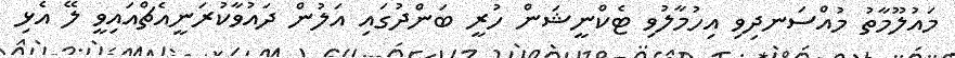
މައުލޫމާތު މުއްސަނދިވި އިހުމާލުވި ޓެކްނީޝަން ހުރީ ބަންދުގައި އަލުން ދައުވާކުރަނީއެޗްއައިވީ ލޭ އެޅި